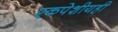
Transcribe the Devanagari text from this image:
एकपेशीयही